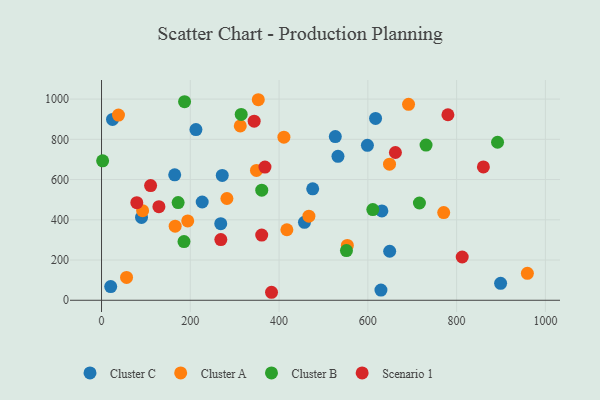
{"axis": {"x": "Price", "y": "Demand"}, "legend": ["Cluster A", "Cluster B", "Cluster C", "Scenario 1"], "data": [{"x": "475.8", "y": 554.0, "type": "Cluster C"}, {"x": "268.6", "y": 380.7, "type": "Cluster C"}, {"x": "24.8", "y": 898.8, "type": "Cluster C"}, {"x": "599.0", "y": 770.1, "type": "Cluster C"}, {"x": "532.7", "y": 715.4, "type": "Cluster C"}, {"x": "526.7", "y": 813.5, "type": "Cluster C"}, {"x": "899.1", "y": 84.1, "type": "Cluster C"}, {"x": "631.6", "y": 444.2, "type": "Cluster C"}, {"x": "226.8", "y": 488.4, "type": "Cluster C"}, {"x": "649.2", "y": 243.8, "type": "Cluster C"}, {"x": "629.5", "y": 50.8, "type": "Cluster C"}, {"x": "617.4", "y": 903.8, "type": "Cluster C"}, {"x": "90.1", "y": 411.8, "type": "Cluster C"}, {"x": "212.7", "y": 848.2, "type": "Cluster C"}, {"x": "164.9", "y": 623.4, "type": "Cluster C"}, {"x": "272.0", "y": 620.5, "type": "Cluster C"}, {"x": "20.7", "y": 67.9, "type": "Cluster C"}, {"x": "457.2", "y": 387.6, "type": "Cluster C"}, {"x": "312.6", "y": 866.8, "type": "Cluster A"}, {"x": "467.2", "y": 418.2, "type": "Cluster A"}, {"x": "282.5", "y": 505.8, "type": "Cluster A"}, {"x": "353.2", "y": 996.8, "type": "Cluster A"}, {"x": "349.1", "y": 645.3, "type": "Cluster A"}, {"x": "770.9", "y": 435.9, "type": "Cluster A"}, {"x": "92.6", "y": 445.4, "type": "Cluster A"}, {"x": "194.2", "y": 394.3, "type": "Cluster A"}, {"x": "38.2", "y": 920.3, "type": "Cluster A"}, {"x": "553.8", "y": 272.6, "type": "Cluster A"}, {"x": "691.7", "y": 973.7, "type": "Cluster A"}, {"x": "959.4", "y": 134.0, "type": "Cluster A"}, {"x": "165.9", "y": 368.4, "type": "Cluster A"}, {"x": "56.4", "y": 113.8, "type": "Cluster A"}, {"x": "417.6", "y": 350.6, "type": "Cluster A"}, {"x": "410.9", "y": 810.6, "type": "Cluster A"}, {"x": "648.8", "y": 676.7, "type": "Cluster A"}, {"x": "314.7", "y": 923.9, "type": "Cluster B"}, {"x": "2.5", "y": 692.9, "type": "Cluster B"}, {"x": "185.8", "y": 291.7, "type": "Cluster B"}, {"x": "716.2", "y": 483.4, "type": "Cluster B"}, {"x": "172.6", "y": 485.5, "type": "Cluster B"}, {"x": "551.8", "y": 247.0, "type": "Cluster B"}, {"x": "611.2", "y": 451.0, "type": "Cluster B"}, {"x": "892.2", "y": 785.5, "type": "Cluster B"}, {"x": "187.1", "y": 986.9, "type": "Cluster B"}, {"x": "731.1", "y": 771.4, "type": "Cluster B"}, {"x": "361.0", "y": 547.3, "type": "Cluster B"}, {"x": "383.0", "y": 39.8, "type": "Scenario 1"}, {"x": "360.9", "y": 324.3, "type": "Scenario 1"}, {"x": "129.3", "y": 465.0, "type": "Scenario 1"}, {"x": "662.1", "y": 734.4, "type": "Scenario 1"}, {"x": "79.5", "y": 485.2, "type": "Scenario 1"}, {"x": "812.6", "y": 215.1, "type": "Scenario 1"}, {"x": "368.2", "y": 661.9, "type": "Scenario 1"}, {"x": "780.4", "y": 922.2, "type": "Scenario 1"}, {"x": "343.9", "y": 890.3, "type": "Scenario 1"}, {"x": "860.3", "y": 662.9, "type": "Scenario 1"}, {"x": "268.8", "y": 301.5, "type": "Scenario 1"}, {"x": "110.6", "y": 570.0, "type": "Scenario 1"}]}